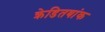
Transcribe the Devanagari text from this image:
क्रेडितबांक